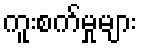
ကူးစက်မှုများ